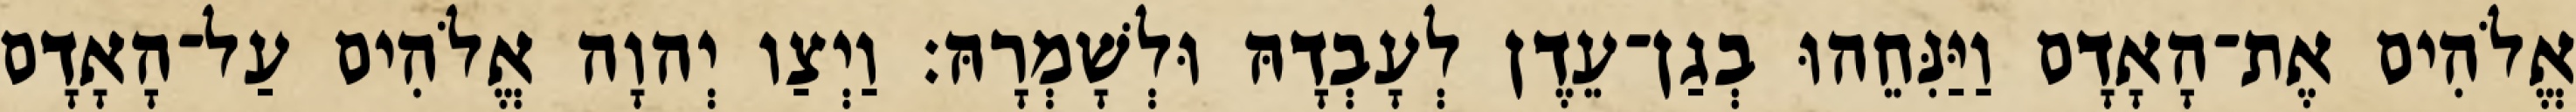
אֱלֹהִים אֶת־הָאָדָם וַיַּנִּחֵהוּ בְגַן־עֵדֶן לְעָבְדָהּ וּלְשָׁמְרָהּ׃ וַיְצַו יְהוָה אֱלֹהִים עַל־הָאָדָם